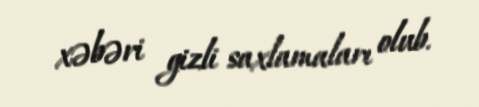
xəbəri gizli saxlamaları olub.